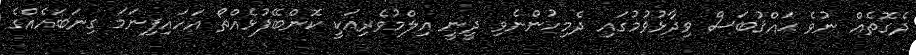
ދެގޮތެއް ނުވެ ޙައްޤުބަސް ވިދާޅުވުމުގައި ދެމިހުންނެވި ދީނީ އިލްމުވެރިއަކީ ކޮންބޭފުޅެއްތޯ އަހައިފިނަމަ ގިނަބައެއްގެ